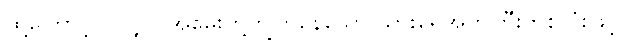
ထို့ကြောင့်ပင်လျှင် အမွေးတို့ကျွတ်နေသော သားရေအိတ်ကြီးတစ်လုံးဖြင့်